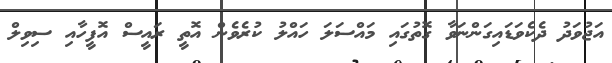
އަޖުވަދު ދެކެވަޑައިގަންނަވާ ގޮތުގައި މައްސަލަ ހައްލު ކުރެވެން އޮތީ ރައީސް އޮފީހާއި ސިވިލް